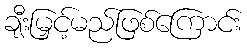
ချီးမြှင့်မည်ဖြစ်ကြောင်း